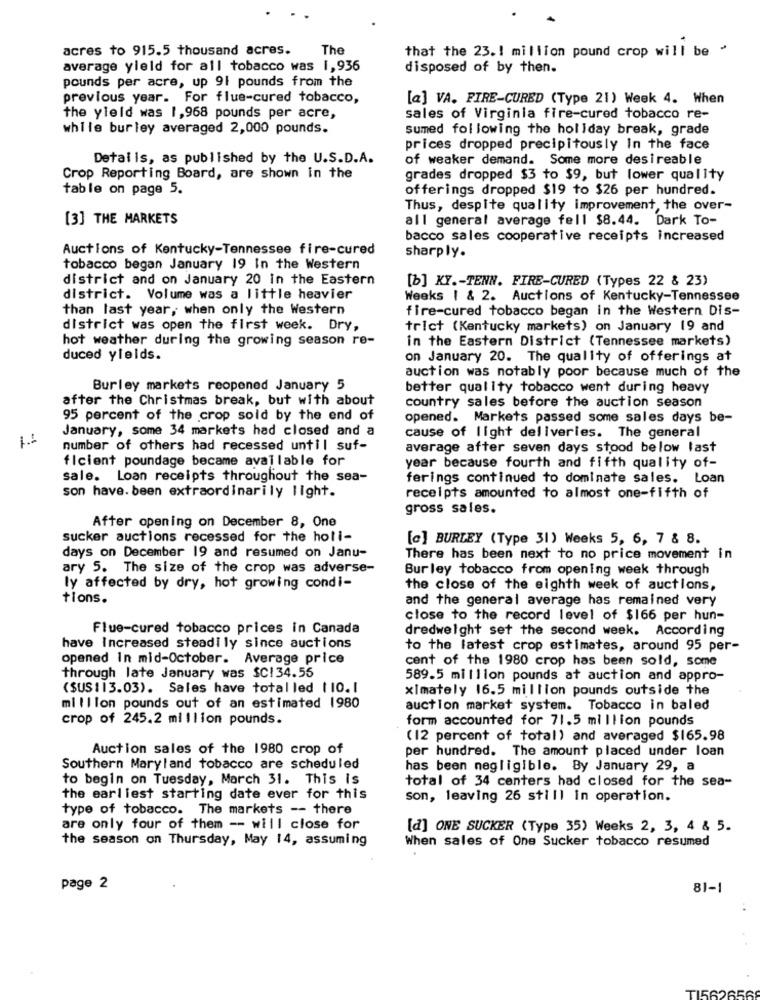
acres to 915.5 thousand acres.
The
that the 23 .! million pound crop will be -
average yield for all tobacco was 1,936
disposed of by then.
pounds per acre, up 91 pounds from the
previous year. For flue-cured tobacco,
[a] VA. FIRE-CURED (Type 21) Week 4. When
the yield was 1,968 pounds per acre,
sales of Virginia fire-cured tobacco re-
while burley averaged 2,000 pounds.
sumed following the holiday break, grade
prices dropped precipitously In the face
Details, as published by the U.S.D.A.
of weaker demand. Some more desireable
Crop Reporting Board, are shown in the
grades dropped $3 to $9, but lower quality
table on page 5.
offerings dropped $19 to $26 per hundred.
Thus, despite quality improvement, the over-
[3] THE MARKETS
all general average fell $8.44. Dark To-
bacco sales cooperative receipts increased
Auctions of Kentucky-Tennessee fire-cured
sharply.
tobacco began January 19 In the Western
district and on January 20 in the Eastern
[b] KY .- TENN. FIRE-CURED (Types 22 & 23)
district. Volume was a little heavier
Weeks | & 2. Auctions of Kentucky-Tennessee
than last year, when only the Western
fire-cured tobacco began in the Western Dis-
district was open the first week. Dry,
trict (Kentucky markets) on January 19 and
hot weather during the growing season re-
in the Eastern District (Tennessee markets)
duced yields.
on January 20. The quality of offerings at
auction was notably poor because much of the
Burley markets reopened January 5
better quality tobacco went during heavy
after the Christmas break, but with about
country sales before the auction season
95 percent of the crop sold by the end of
opened. Markets passed some sales days be-
January, some 34 markets had closed and a
cause of light deliveries. The general
number of others had recessed until suf-
average after seven days stood below last
ficient poundage became available for
year because fourth and fifth quality of-
sale. Loan receipts throughout the sea-
ferings continued to dominate sales. Loan
son have. been extraordinarily light.
receipts amounted to almost one-fifth of
gross sales.
After opening on December 8, One
sucker auctions recessed for the holi-
[c] BURLEY (Type 31) Weeks 5, 6, 7 & 8.
days on December 19 and resumed on Janu-
There has been next to no price movement in
ary 5. The size of the crop was adverse-
Burley tobacco from opening week through
ly affected by dry, hot growing condi-
the close of the eighth week of auctions,
tions.
and the general average has remained very
close to the record level of $166 per hun-
Flue-cured tobacco prices in Canada
dredweight set the second week. According
have Increased steadily since auctions
to the latest crop estimates, around 95 per-
opened In mid-October. Average price
cent of the 1980 crop has been sold, some
through late January was $C1 34.55
589.5 million pounds at auction and appro-
(SUS113.03). Sales have total led 110.1
ximately 16.5 million pounds outside the
million pounds out of an estimated 1980
auction market system. Tobacco in baled
crop of 245.2 million pounds.
form accounted for 71.5 million pounds
(12 percent of total) and averaged $165.98
Auction sales of the 1980 crop of
per hundred. The amount placed under loan
Southern Maryland tobacco are scheduled
has been negligible. By January 29, a
to begin on Tuesday, March 31. This is
total of 34 centers had closed for the sea-
the earliest starting date ever for this
son, leaving 26 still in operation.
type of tobacco. The markets -- there
are only four of them -- will close for
[d] ONE SUCKER (Type 35) Weeks 2, 3, 4 & 5.
the season on Thursday, May 14, assuming
When sales of One Sucker tobacco resumed
page 2
81-1
TI